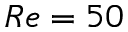
R e = 5 0